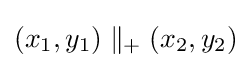
(x_{1},y_{1})\parallel _{+}(x_{2},y_{2})